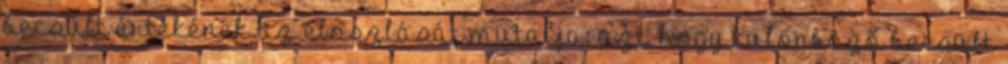
becsült értékének az eloszlását mutatja: azt, hogy különböző becsült